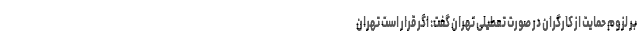
بر لزوم حمایت از کارگران در صورت تعطیلی تهران گفت: اگر قرار است تهران